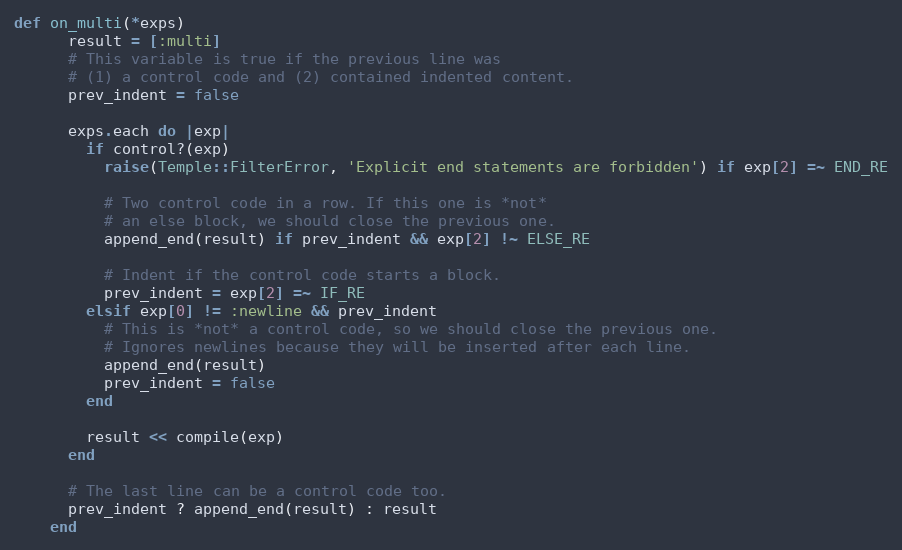
Language: Ruby
def on_multi(*exps)
      result = [:multi]
      # This variable is true if the previous line was
      # (1) a control code and (2) contained indented content.
      prev_indent = false

      exps.each do |exp|
        if control?(exp)
          raise(Temple::FilterError, 'Explicit end statements are forbidden') if exp[2] =~ END_RE

          # Two control code in a row. If this one is *not*
          # an else block, we should close the previous one.
          append_end(result) if prev_indent && exp[2] !~ ELSE_RE

          # Indent if the control code starts a block.
          prev_indent = exp[2] =~ IF_RE
        elsif exp[0] != :newline && prev_indent
          # This is *not* a control code, so we should close the previous one.
          # Ignores newlines because they will be inserted after each line.
          append_end(result)
          prev_indent = false
        end

        result << compile(exp)
      end

      # The last line can be a control code too.
      prev_indent ? append_end(result) : result
    end